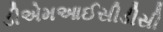
ડીએમઆઈસીડીસી